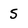
Character: S